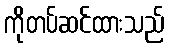
ကိုတပ်ဆင်ထားသည်